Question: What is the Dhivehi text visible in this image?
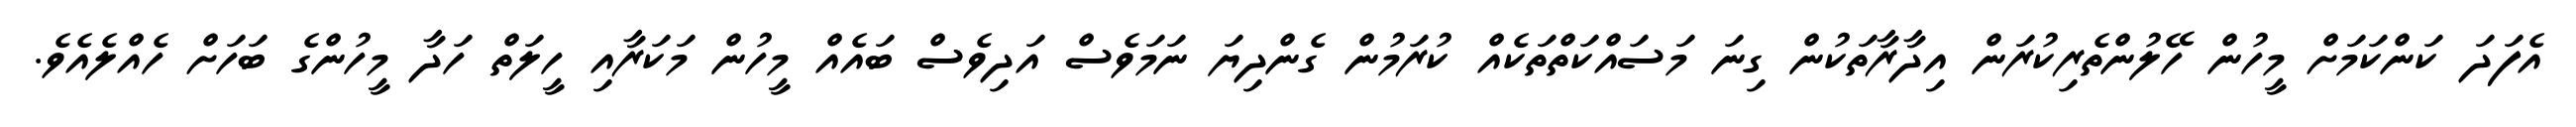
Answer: އެފަދަ ކަންކަމަށް މީހުން ހޭލުންތެރިކުރަން އިދާރާތަކުން ގިނަ މަސައްކަތްތަކެއް ކުރަމުން ގެންދިޔަ ނަމަވެސް އަދިވެސް ބައެއް މީހުން މަކަރާއި ހީލަތް ހަދާ މީހުންގެ ބަހަށް ހެއްލެއެވެ.